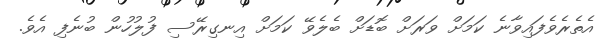
އެތެރެވެފައިވާނެ ކަމަށް ވަރަށް ބޮޑަށް ބެލެވޭ ކަމަށް އިނގިރޭސި ފުލުހުން ބުނެފި އެވެ.